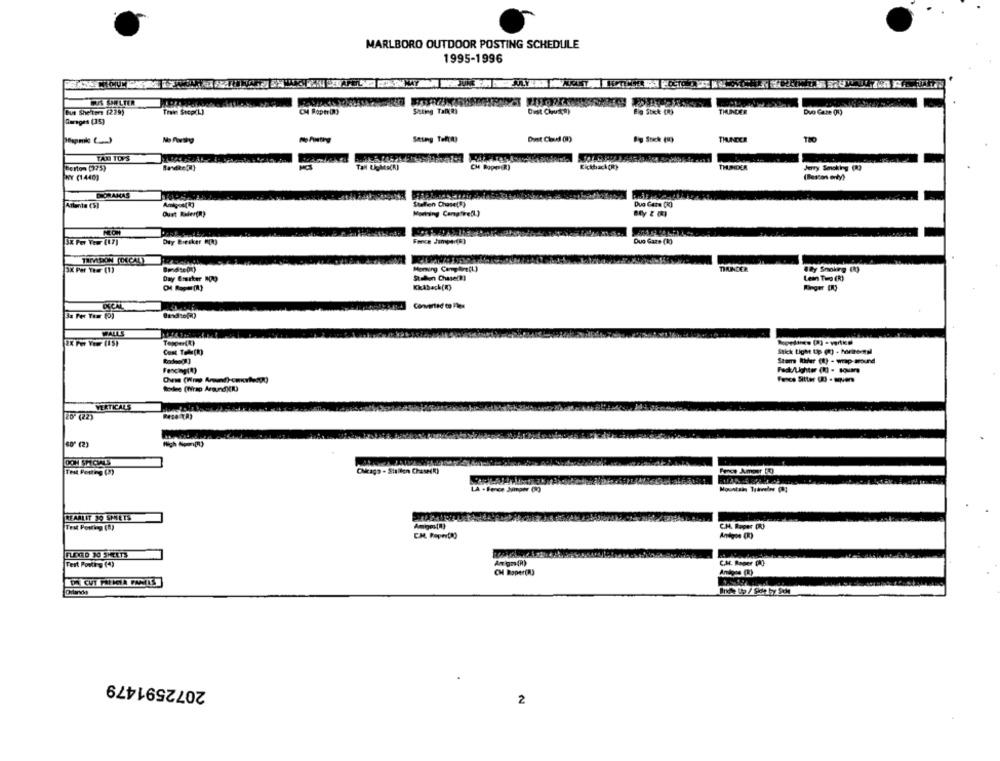
MARLBORO OUTDOOR POSTING SCHEDULE
1995-1996
CUS GELTER
Bus Shelters (229)
Tran Step(L)
THUNDER
Dvo Gaze 00
Garages (35)
Stung Tolay
Dint Cloud ()
THUNDER
No Parting
TAN TOPS
Che Ropes(R)
Kickback (R)
THUNDER
Jerry Smoking (1)
WY (1440)
(Barcos only)
DORAMAS
Stellen Chose(E)
Duo Care (K)
Ouet Rader(R)
Morning CampfireCL)
Day Breaker HORS
Force Jumps-(6)
Duo Gaze (k)
Moring Carbine(L)
DRACER
3X Par Toer (1)
Way Smoking (X)
Day Ererker 100
Stehen Chase(R)
Lean Tiro (R)
Ringer DO
Converted to Flex
3a Fer Tom (0)
FALLS
Cont Tofu(h)
Stick Light Up (o) - horirecnad
Stom Rider (1) - wrap-around
Fencing(R)
Fack/Lighter (1) - Kou
Fexe Sitter OU - aquien
VERTICALS
20" (22)
60" (2)
Citigo - Stallen Chase(R)
Force Ameer [0)
Mountain Traveler (2)
LA - Fence Jiinger (93
REANLIT 30 SHEETS
Test Pontig (S)
Anteroe (R)
FLOOD JO SHEETS
Test Postky (4)
Am gas(R)
C.M. Raper PRO
CH Raper(A)
Antes (R)
2072591479
2